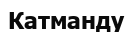
Катманду